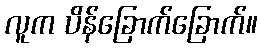
လူက ပိန်ခြောက်ခြောက်။